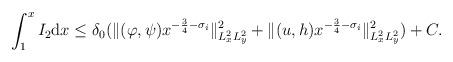
LaTeX: \begin{align*} \int_1^x I_2{\rm d}x\leq \delta_0(\Vert(\varphi,\psi)x^{-\frac{3}{4}-\sigma_i}\Vert_{L_x^2L_y^2}^2 +\Vert (u,h)x^{-\frac{3}{4}-\sigma_i}\Vert_{L_x^2L_y^2}^2)+C.\end{align*}